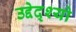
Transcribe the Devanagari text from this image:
उद्देद्श्यो